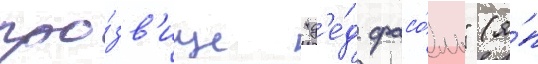
про́зв'ище "д'е́д фасо́ль" (я́п